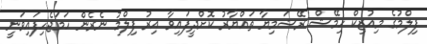
ފިލްމުގެ މިއުޒިކް ހިމޭޝް ރޭޝަމިޔާ ތައްޔާރު ކޮށްދީފައިވާ އިރު ފިލްމު ނެރެން ހަމަޖެހިފައިވަނީ